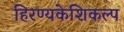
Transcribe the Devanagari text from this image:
हिरण्यकेशिकल्प